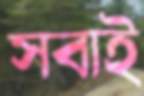
সবাই